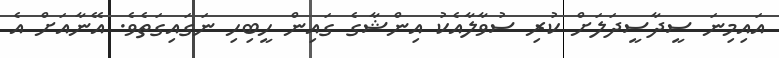
އައިމިނަ ސީދާސީދަލަށް ކުރި ސުވާލާއެކު އިންޝާގެ ގައިން ހީބިހި ނަގައިގަތެވެ. އޭނާއަށް އެ